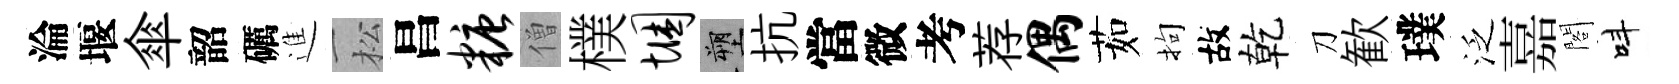
淪堰傘韶礪進松昌糖僧樸悃塑抗當微考荐偶茹拘故乾刀歓璞泛嘉閣呌